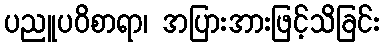
ပညူပဝိစာရာ၊ အပြားအားဖြင့်သိခြင်း